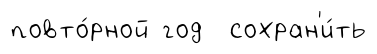
повто́рной год сохран'и́ть